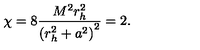
\chi = 8 { \frac { M ^ { 2 } r _ { h } ^ { 2 } } { \left( r _ { h } ^ { 2 } + a ^ { 2 } \right) ^ { 2 } } } = 2 .